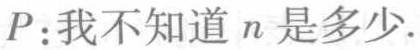
$P\colon 我 不 知 道\ n\ 是 多 少.$